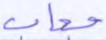
حجاب